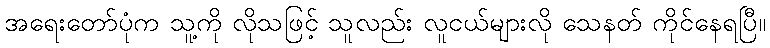
အရေးတော်ပုံက သူ့ကို လိုသဖြင့် သူလည်း လူငယ်များလို သေနတ် ကိုင်နေရပြီ။